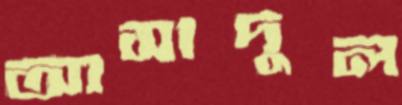
আসাদুল